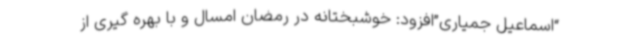
“اسماعیل جمیاری”افزود: خوشبختانه در رمضان امسال و با بهره گیری از